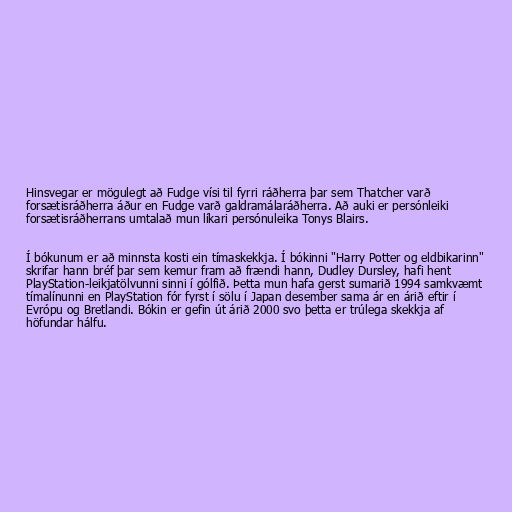
Hinsvegar er mögulegt að Fudge vísi til fyrri ráðherra þar sem Thatcher varð
forsætisráðherra áður en Fudge varð galdramálaráðherra. Að auki er persónleiki
forsætisráðherrans umtalað mun líkari persónuleika Tonys Blairs.

Í bókunum er að minnsta kosti ein tímaskekkja. Í bókinni "Harry Potter og eldbikarinn"
skrifar hann bréf þar sem kemur fram að frændi hann, Dudley Dursley, hafi hent
PlayStation-leikjatölvunni sinni í gólfið. Þetta mun hafa gerst sumarið 1994 samkvæmt
tímalínunni en PlayStation fór fyrst í sölu í Japan desember sama ár en árið eftir í
Evrópu og Bretlandi. Bókin er gefin út árið 2000 svo þetta er trúlega skekkja af
höfundar hálfu.